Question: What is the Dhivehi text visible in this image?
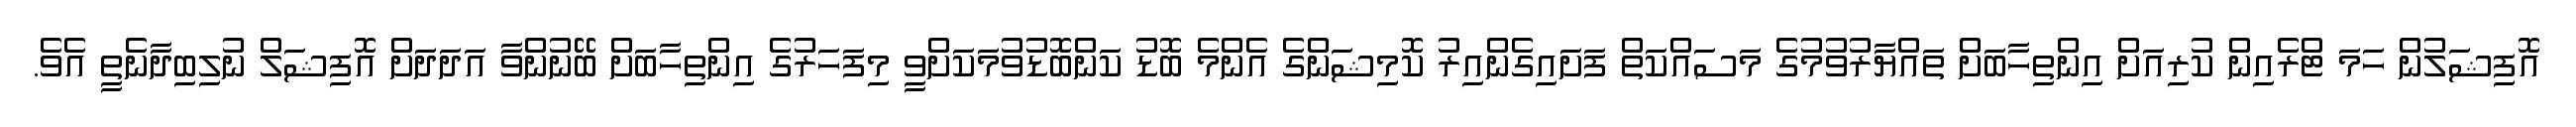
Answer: އޮފިޝަލުން ހަމަ ޓްރެއިން ކުރިއަށް އިންތިހާބަށް ތައްޔާރުވުމުގެ މަސައްކަތް ފަށައިގެންއިރު ކޮމިޝަންގެ އެންމެ ބޮޑު ކަންބޮޑުވުމަކަށްވީ މިފަހަރުގެ އިންތިހާބަށް ބޭނުންވާ އަދަދަށް އޮފިޝަލް ނުލިބިދާނެތީ އެވެ.